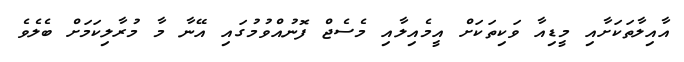
އާއިލާތަކަށާއި މީޑިއާ ވަކިތަކަށް އީމެއިލާއި މެސެޖް ފޮނުއްވުމުގައި އޭނާ މާ މުރާލިކަމަށް ބެލެވެ